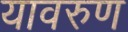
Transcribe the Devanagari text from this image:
यावरुण